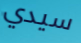
سيدي